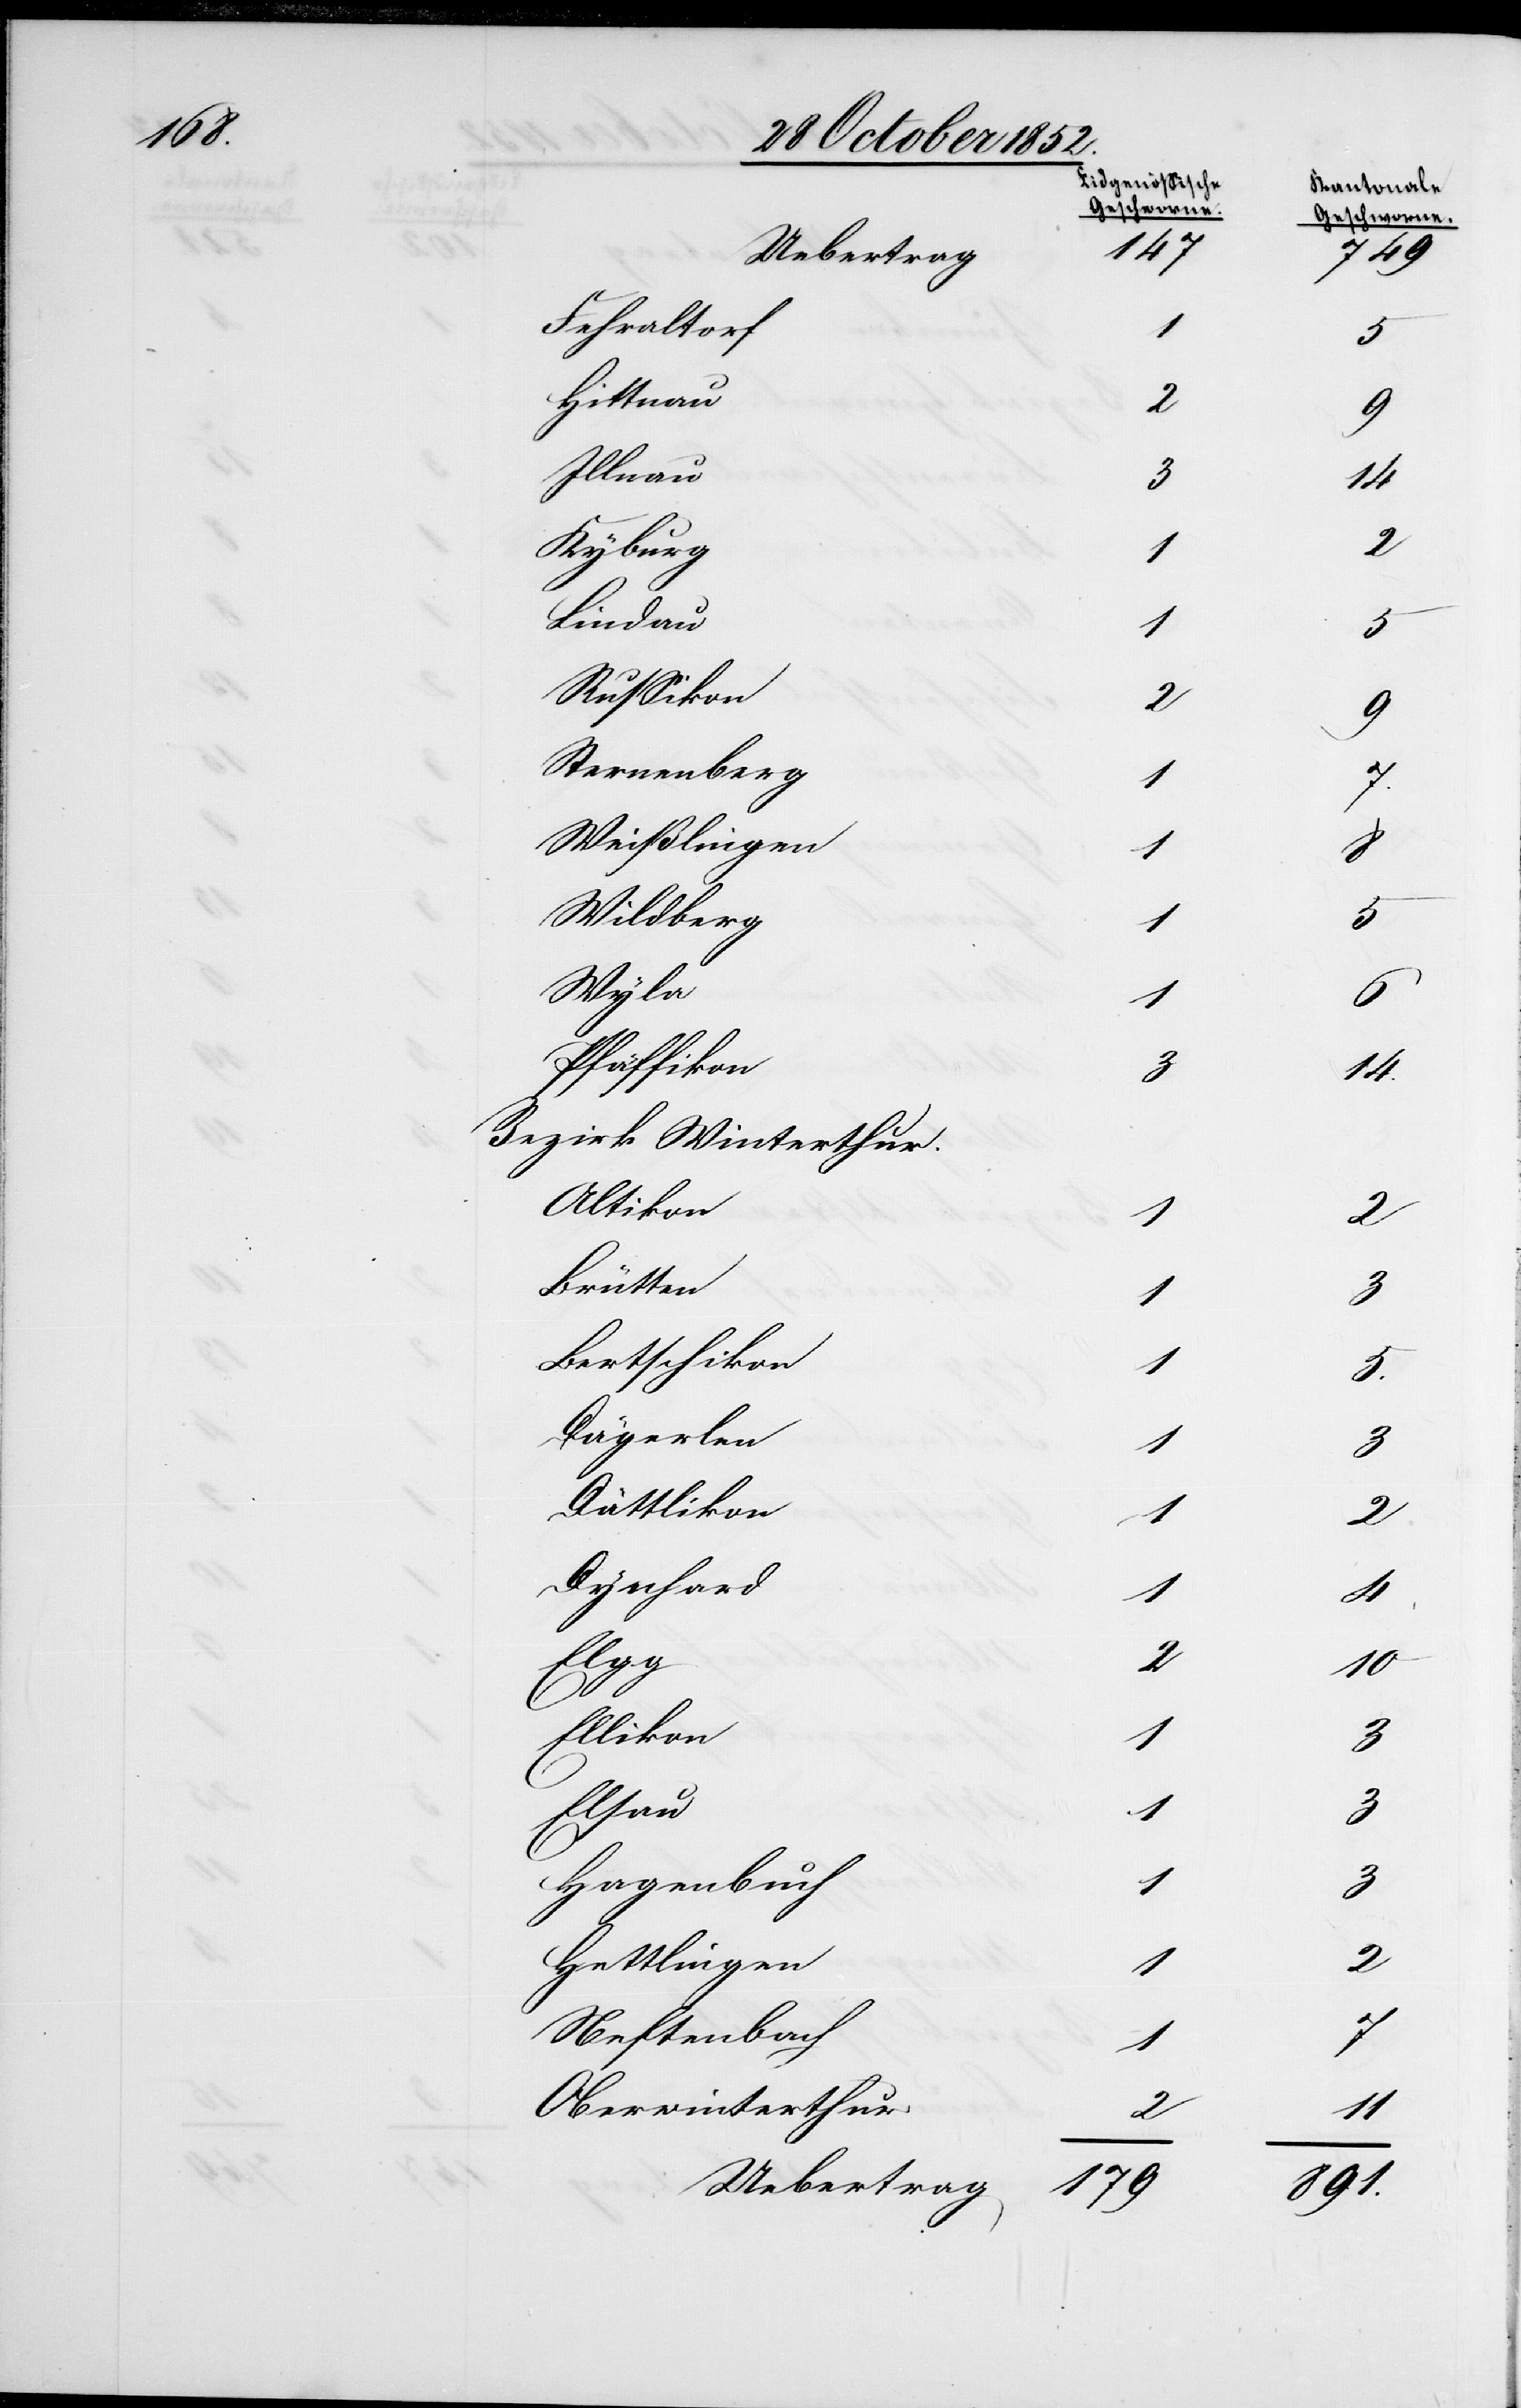
14.

Fehraltorf
1
Hittnau
2
Illnau
3
Kyburg
1
Lindau
1
5
Russikon
2
Sternenberg
1
Weißlingen
8
Wildberg
5
Wyla
1
Pfäffikon
3
Bezirk Winterthur.
Altikon
2
Brütten
1
Bertschikon
1
Dägerlen
1
Dättlikon
2
Dynhard
3
Elsau
Ellikon
1
Hagenbuch
3
Hettlingen
2
Neftenbach
1
Oberwinterthur
2
Uebertrag
179

5.
3
2
10
891.